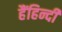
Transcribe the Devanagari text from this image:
हैंहिन्दी